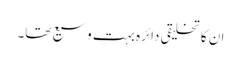
ان کا تخلیقی دائرہ بہت وسیع تھا۔